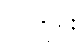
လတိုင်း